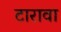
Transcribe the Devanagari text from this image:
टारावा